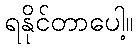
ရနိုင်တာပေါ့။